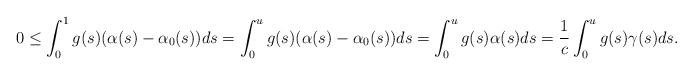
LaTeX: \begin{align*}0&\leq \int_0^1 g(s)(\alpha(s)-\alpha_0(s))ds=\int_0^ug(s)(\alpha(s)-\alpha_0(s))ds=\int_0^ug(s)\alpha(s)ds=\frac{1}{c}\int_0^ug(s)\gamma(s)ds.\end{align*}